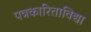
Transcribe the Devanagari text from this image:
पत्रकारिताविद्या